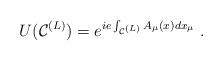
LaTeX: \begin{align*}U({\cal C}^{(L)}) = e^{ie \int_{{\cal C}^{(L)}} A_\mu(x) dx_\mu} \; .\end{align*}